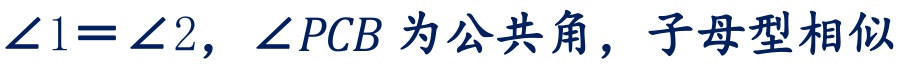
\(\angle 1 = \angle 2\)，\(\angle PCB\) 为公共角，子母型相似